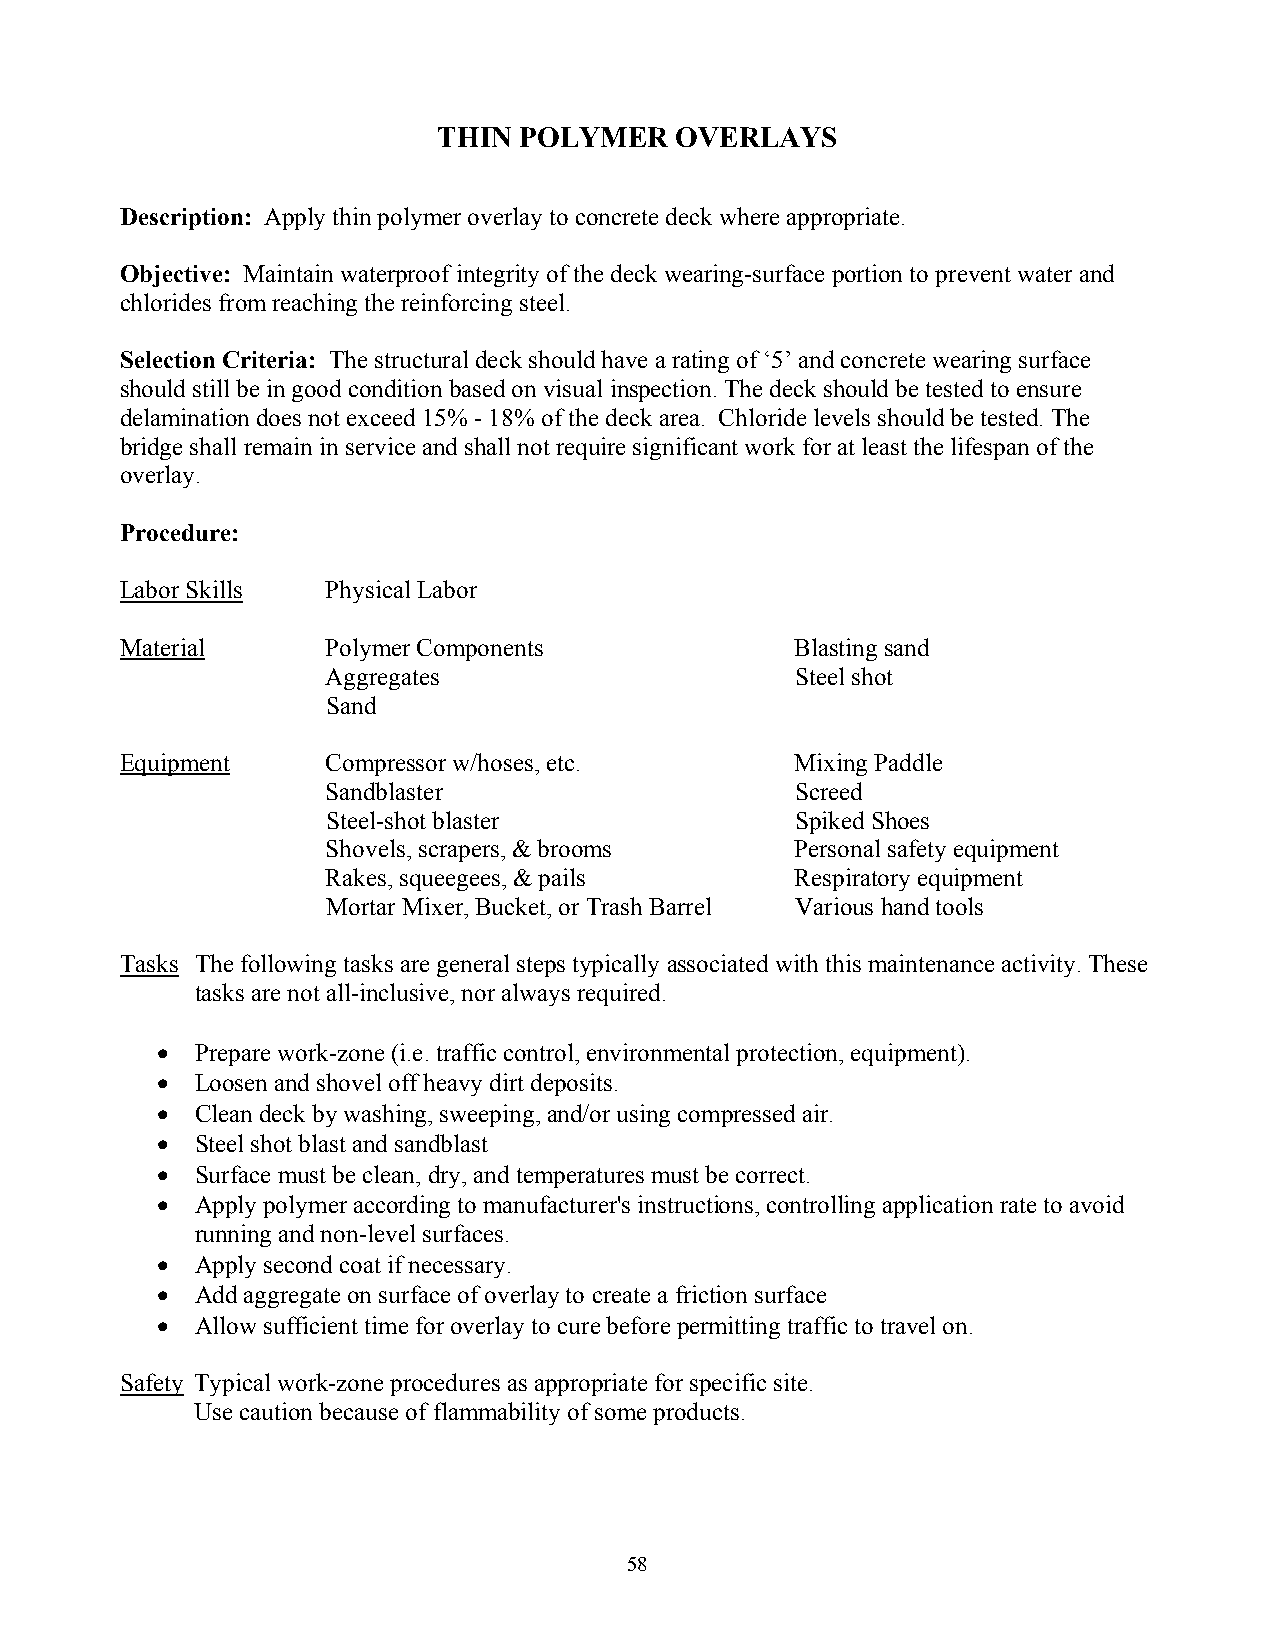
THIN POLYMER    OVERLAYS
 Description: Apply thin polymer overlay to concrete deck where appropriate.
 Objective: Maintain waterproof integrity of the deck wearing-surface portion to prevent water and
 chlorides from reaching the reinforcing steel.
 Selection Criteria: The structural deck should have a rating of ‘5’ and concrete wearing surface
 should still be in good condition based on visual inspection. The deck should be tested to ensure
 delamination does not exceed 15% - 18% of the deck area. Chloride levels should be tested. The
 bridge shall remain in service and shall not require significant work for at least the lifespan of the
 overlay.
 Procedure:
 Labor Skills  Physical Labor
 Material      Polymer Components             Blasting sand
 Aggregates                     Steel shot
 Sand
 Equipment     Compressor w/hoses, etc.       Mixing Paddle
 Sandblaster                    Screed
 Steel-shot blaster             Spiked Shoes
 Shovels, scrapers, & brooms    Personal safety equipment
 Rakes, squeegees, & pails      Respiratory equipment
 Mortar Mixer, Bucket, or Trash Barrel Various hand tools
 Tasks The following tasks are general steps typically associated with this maintenance activity. These
 tasks are not all-inclusive, nor always required.
 •  Prepare work-zone (i.e. traffic control, environmental protection, equipment).
 •  Loosen and shovel off heavy dirt deposits.
 •  Clean deck by washing, sweeping, and/or using compressed air.
 •  Steel shot blast and sandblast
 •  Surface must be clean, dry, and temperatures must be correct.
 •  Apply polymer according to manufacturer's instructions, controlling application rate to avoid
 running and non-level surfaces.
 •  Apply second coat if necessary.
 •  Add aggregate on surface of overlay to create a friction surface
 •  Allow sufficient time for overlay to cure before permitting traffic to travel on.
 Safety Typical work-zone procedures as appropriate for specific site.
 Use caution because of flammability of some products.
 58